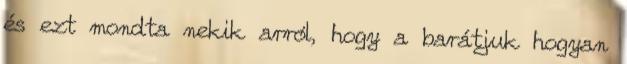
és ezt mondta nekik arról, hogy a barátjuk hogyan